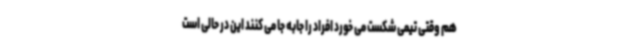
هم وقتی تیمی شکست می خورد افراد را جابه جا می کنند این در حالی است